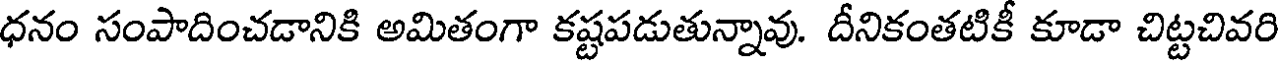
ధనం సంపాదించడానికి అమితంగా కష్టపడుతున్నావు. దీనికంతటికీ కూడా చిట్టచివరి